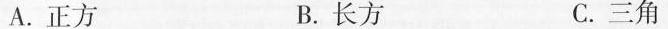
A.正方 B.长方 C.三角